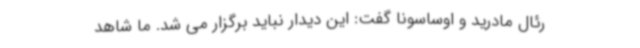
رئال مادرید و اوساسونا گفت: این دیدار نباید برگزار می شد. ما شاهد